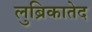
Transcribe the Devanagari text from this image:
लुब्रिकातेद